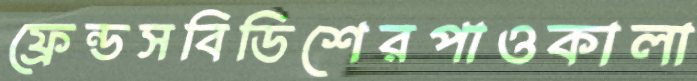
ফ্রেন্ডসবিডিশেরপাওকালা